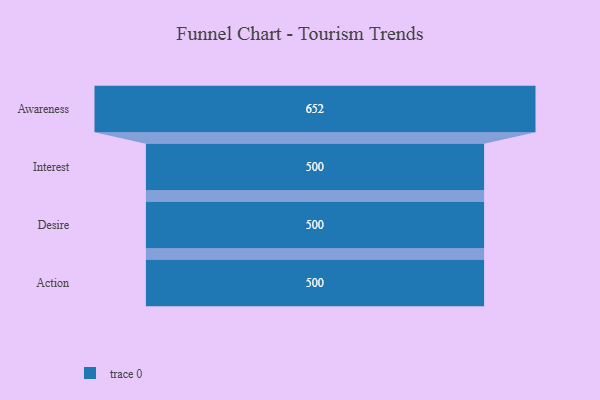
{"axis": {"x": "Stage", "y": "Value"}, "legend": [""], "data": [{"x": "Awareness", "y": 652.0, "type": ""}, {"x": "Interest", "y": 500, "type": ""}, {"x": "Desire", "y": 500, "type": ""}, {"x": "Action", "y": 500, "type": ""}]}